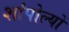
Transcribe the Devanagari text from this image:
शांपोल्यों